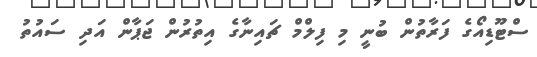
ސްޓޫޑިއޯގެ ފަރާތުން ބުނީ މި ފިލްމް ޗައިނާގެ އިތުރުން ޖަޕާން އަދި ސައުތު